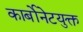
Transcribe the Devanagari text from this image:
कार्बोनेटयुक्त